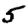
Digit: 5